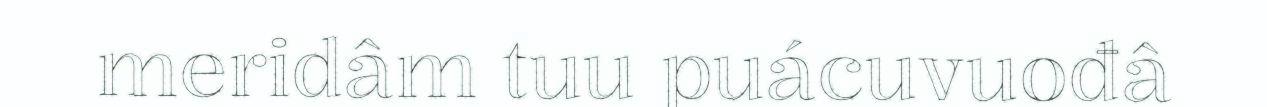
meridâm tuu puácuvuođâ